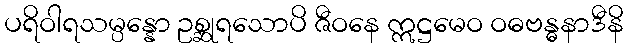
ပရိဝါရသမ္ပန္နော ဥစ္ဆုရသောပိ ဇီဝနေ ဣဋ္ဌမေဝ ဝဓဗန္ဓနာဒီနိ